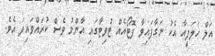
އަލް ހަލަފީއާ އެކު ނަގާފައިވާ ފޮޓޯއެއް ޓުވިޓާގައި އާންމު ވެސް ކުރައްވައިފަ އެވެ.